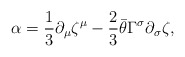
\begin{align*}\alpha={\frac{1}{3}}\partial_\mu\zeta^\mu-{\frac{2}{3}}\bar\theta\Gamma^\sigma\partial_\sigma\zeta,\end{align*}